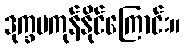
ဒုက္ခမကုန်နိုင်ကြောင်း။